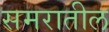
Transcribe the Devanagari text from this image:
समरातील